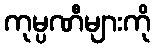
ကုမ္ပဏီများကို